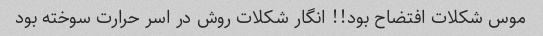
موس شکلات افتضاح بود!! انگار شکلات روش در اسر حرارت سوخته بود